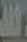
الله